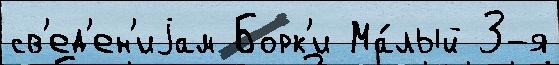
св'ед'ен'иjам Борк'и Ма́лый 3-я